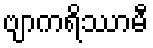
ဗျာကရိဿာမီ